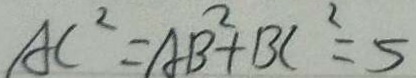
A C ^ { 2 } = A B ^ { 2 } + B C ^ { 2 } = 5